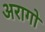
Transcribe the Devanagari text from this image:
अरागो